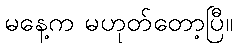
မနေ့က မဟုတ်တော့ပြီ။